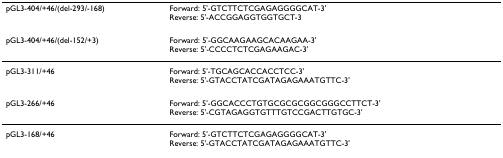
<table><thead><tr><td><b>pGL3-404/+46/(del-293/-168)</b></td><td><b>Forward: 5&#x27;-GTCTTCTCGAGAGGGGCAT-3&#x27;Reverse: 5&#x27;-ACCGGAGGTGGTGCT-3</b></td></tr></thead><tbody><tr><td>pGL3-404/+46/(del-152/+3)</td><td>Forward: 5&#x27;-GGCAAGAAGCACAAGAA-3&#x27;Reverse: 5&#x27;-CCCCTCTCGAGAAGAC-3&#x27;</td></tr><tr><td>pGL3-311/+46</td><td>Forward: 5&#x27;-TGCAGCACCACCTCC-3&#x27;Reverse: 5&#x27;-GTACCTATCGATAGAGAAATGTTC-3&#x27;</td></tr><tr><td>pGL3-266/+46</td><td>Forward: 5&#x27;-GGCACCCTGTGCGCGCGGCGGGCCTTCT-3&#x27;Reverse: 5&#x27;-CGTAGAGGTGTTTGTCCGACTTGTGC-3&#x27;</td></tr><tr><td>pGL3-168/+46</td><td>Forward: 5&#x27;-GTCTTCTCGAGAGGGGCAT-3&#x27;Reverse: 5&#x27;-GTACCTATCGATAGAGAAATGTTC-3&#x27;</td></tr></tbody></table>